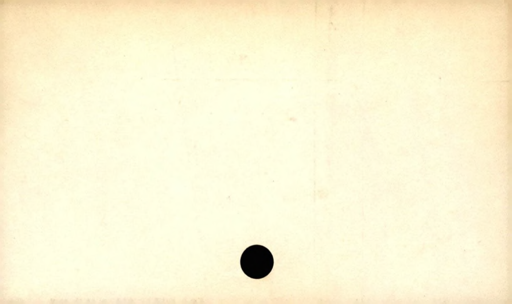
Label: divider